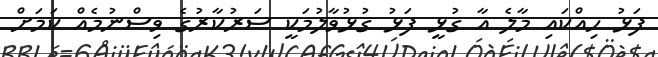
ފަޅު ހިއްކައި މާލެ އާ ގުޅީ ފަޅު ގުޅުވާލުމަކީ ސަރުކާރުގެ ވިސްނުމެއް ކަމަށް